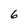
Character: 6